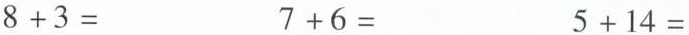
$$8 + 3 =$$ $$7 + 6 =$$ $$5 + 1 4 =$$